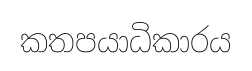
කතපයාධිකාරය